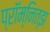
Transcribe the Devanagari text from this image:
प्रॉम्नित्झ